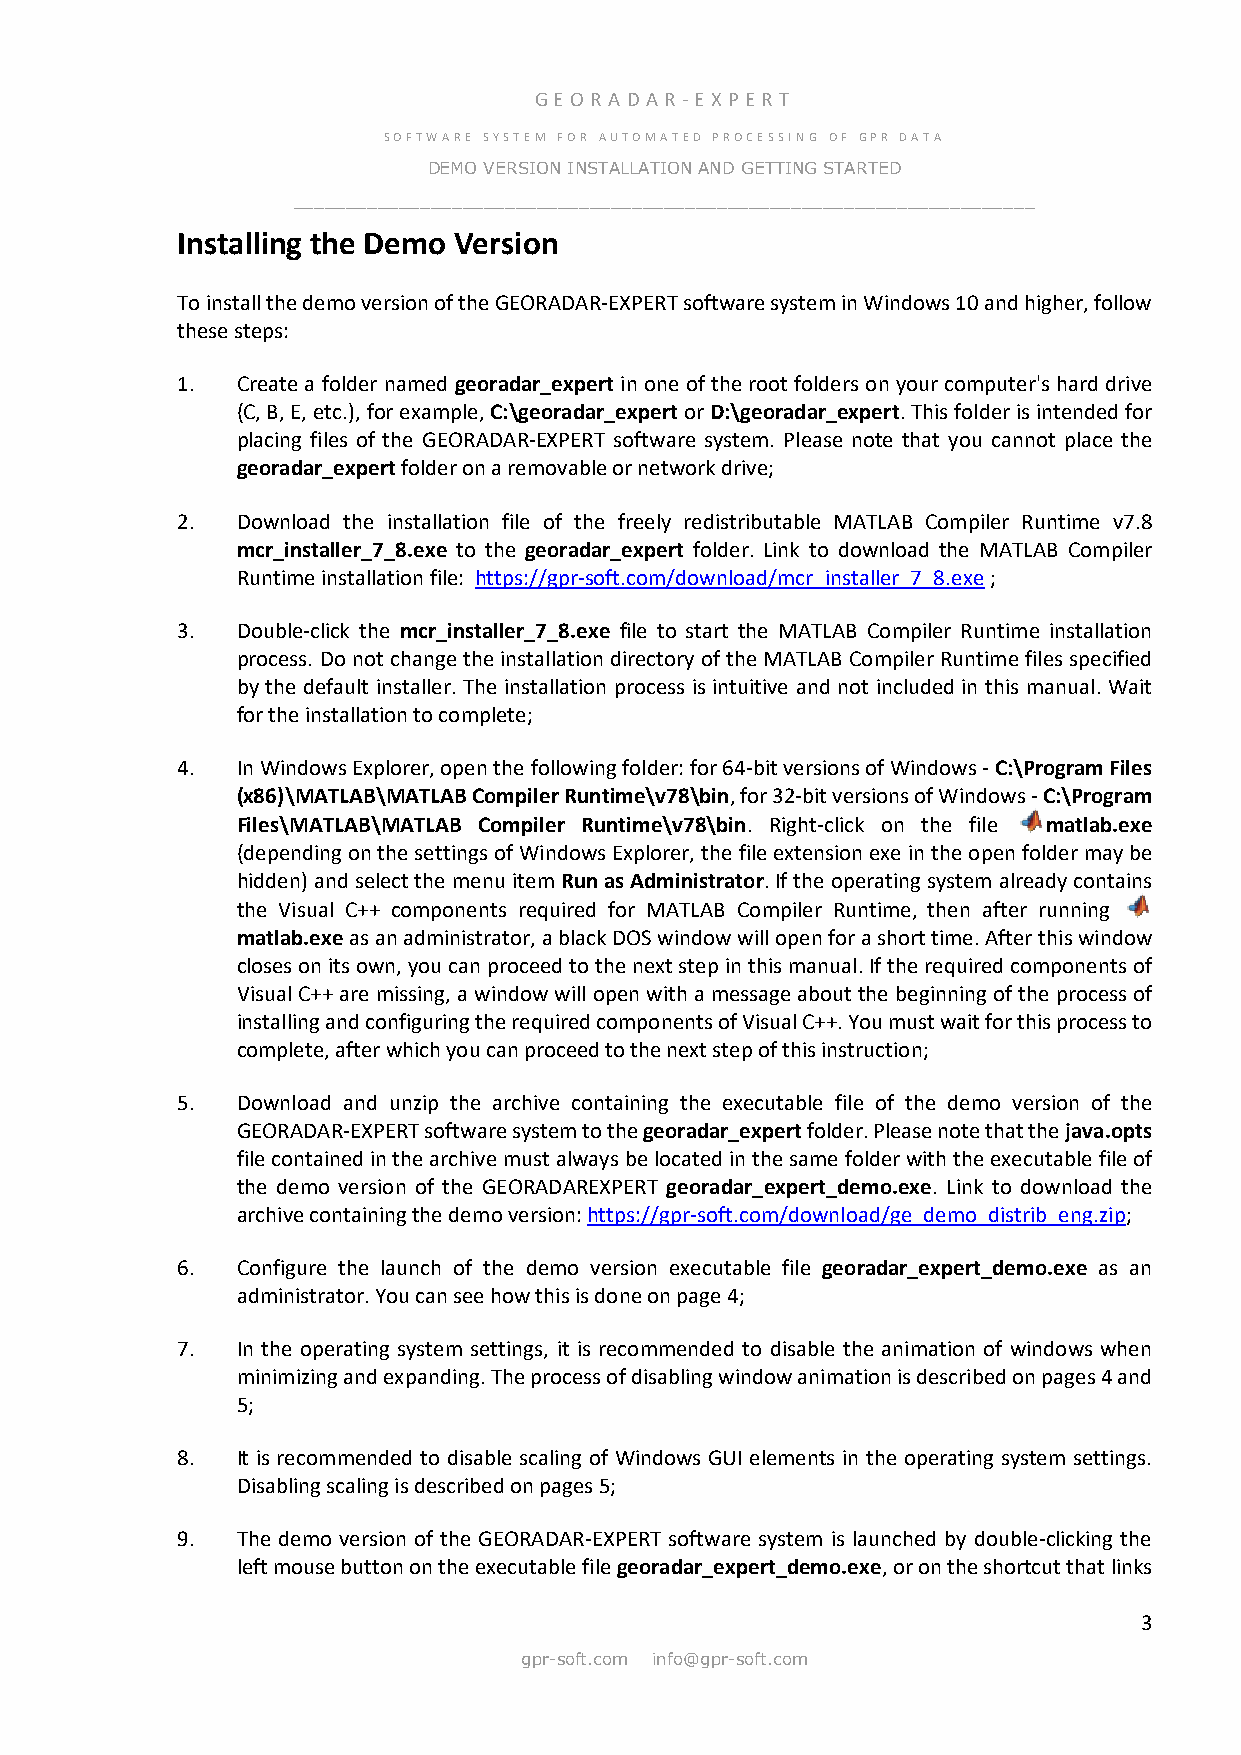
GE OR ADA R -E X PER T
 SOFTWARE SYSTEM FOR AUTOMATED PROCESSING OF GPR DATA
 DEMO VERSION INSTALLATION AND GETTING STARTED
 ______________________________________________________________________
 Installing the Demo Version
 To install the demo version of the GEORADAR-EXPERT software system in Windows 10 and higher, follow
 these steps:
 1.  Create a folder named georadar_expert in one of the root folders on your computer's hard drive
 (C, B, E, etc.), for example, C:\georadar_expert or D:\georadar_expert. This folder is intended for
 placing files of the GEORADAR-EXPERT software system. Please note that you cannot place the
 georadar_expert folder on a removable or network drive;
 2.  Download the installation file of the freely redistributable MATLAB Compiler Runtime v7.8
 mcr_installer_7_8.exe to the georadar_expert folder. Link to download the MATLAB Compiler
 Runtime installation file: https://gpr-soft.com/download/mcr_installer_7_8.exe ;
 3.  Double-click the mcr_installer_7_8.exe file to start the MATLAB Compiler Runtime installation
 process. Do not change the installation directory of the MATLAB Compiler Runtime files specified
 by the default installer. The installation process is intuitive and not included in this manual. Wait
 for the installation to complete;
 4.  In Windows Explorer, open the following folder: for 64-bit versions of Windows - C:\Program Files
 (x86)\MATLAB\MATLAB Compiler Runtime\v78\bin, for 32-bit versions of Windows - C:\Program
 Files\MATLAB\MATLAB Compiler Runtime\v78\bin. Right-click on the file matlab.exe
 (depending on the settings of Windows Explorer, the file extension exe in the open folder may be
 hidden) and select the menu item Run as Administrator. If the operating system already contains
 the Visual C++ components required for MATLAB Compiler Runtime, then after running
 matlab.exe as an administrator, a black DOS window will open for a short time. After this window
 closes on its own, you can proceed to the next step in this manual. If the required components of
 Visual C++ are missing, a window will open with a message about the beginning of the process of
 installing and configuring the required components of Visual C++. You must wait for this process to
 complete, after which you can proceed to the next step of this instruction;
 5.  Download and unzip the archive containing the executable file of the demo version of the
 GEORADAR-EXPERT software system to the georadar_expert folder. Please note that the java.opts
 file contained in the archive must always be located in the same folder with the executable file of
 the demo version of the GEORADAREXPERT georadar_expert_demo.exe. Link to download the
 archive containing the demo version: https://gpr-soft.com/download/ge_demo_distrib_eng.zip;
 6.  Configure the launch of the demo version executable file georadar_expert_demo.exe as an
 administrator. You can see how this is done on page 4;
 7.  In the operating system settings, it is recommended to disable the animation of windows when
 minimizing and expanding. The process of disabling window animation is described on pages 4 and
 5;
 8.  It is recommended to disable scaling of Windows GUI elements in the operating system settings.
 Disabling scaling is described on pages 5;
 9.  The demo version of the GEORADAR-EXPERT software system is launched by double-clicking the
 left mouse button on the executable file georadar_expert_demo.exe, or on the shortcut that links
 3
 gpr-soft.com info@gpr-soft.com